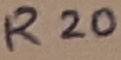
Text: R20